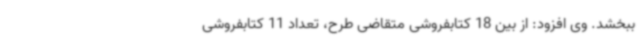
ببخشد. وی افزود: از بین 18 کتابفروشی متقاضی طرح، تعداد 11 کتابفروشی